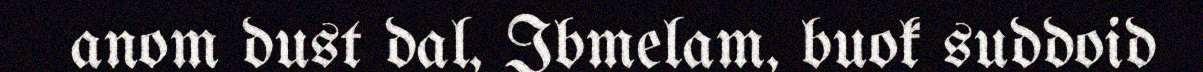
anom dust dal, Ibmelam, buok suddoid